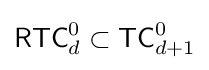
{\mathsf {RTC}}_{d}^{0}\subset {\mathsf {TC}}_{d+1}^{0}